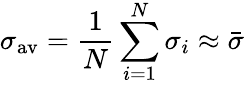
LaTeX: \sigma_{\mathrm{av}}=\frac{1}{N}\sum_{i=1}^{N}\sigma_{i}\approx\bar{\sigma}